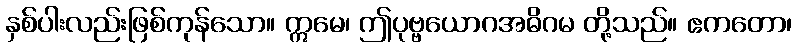
နှစ်ပါးလည်းဖြစ်ကုန်သော။ ဣမေ၊ ဤပုဗ္ဗယောဂအဓိဂမ တို့သည်။ ဧကတော၊